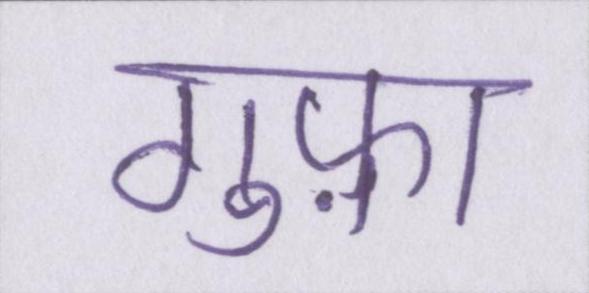
गुफ़ा